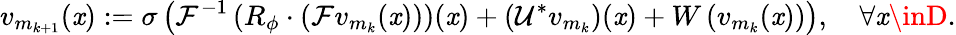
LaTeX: v_{m_{k+1}}(\mathit{x}):=\sigma\left(\mathcal{{F}}^{-1}\left(R_{\phi}\cdot\left(\mathcal{{F}}v_{m_{k}}(\mathit{x})\right)\right)(\mathit{x})+\left(\mathcal{{U^{*}}}v_{m_{k}}\right)(\mathit{x})+W\left(v_{m_{k}}(\mathit{x})\right)\right),\quad\forall\mathit{x}\inD.